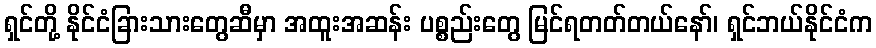
ရှင်တို့ နိုင်ငံခြားသားတွေဆီမှာ အထူးအဆန်း ပစ္စည်းတွေ မြင်ရတတ်တယ်နော်၊ ရှင်ဘယ်နိုင်ငံက